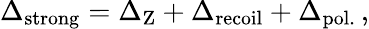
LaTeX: \Delta_{\mathrm{strong}}=\Delta_{\mathrm{Z}}+\Delta_{\mathrm{recoil}}+\Delta_{\mathrm{pol.}}\, ,